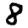
Digit: 8